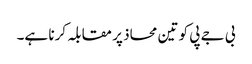
بی جے پی کو تین محاذ پر مقابلہ کرنا ہے۔